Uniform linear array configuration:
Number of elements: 12
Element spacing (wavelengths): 0.25
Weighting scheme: blackman
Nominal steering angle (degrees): -60
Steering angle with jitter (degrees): -59.936
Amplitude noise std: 0.05
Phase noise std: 0.05

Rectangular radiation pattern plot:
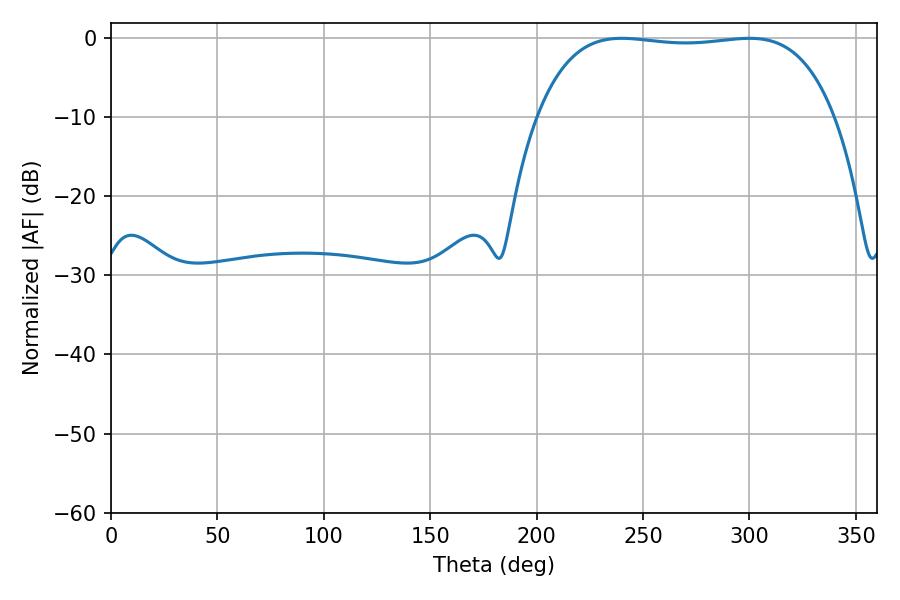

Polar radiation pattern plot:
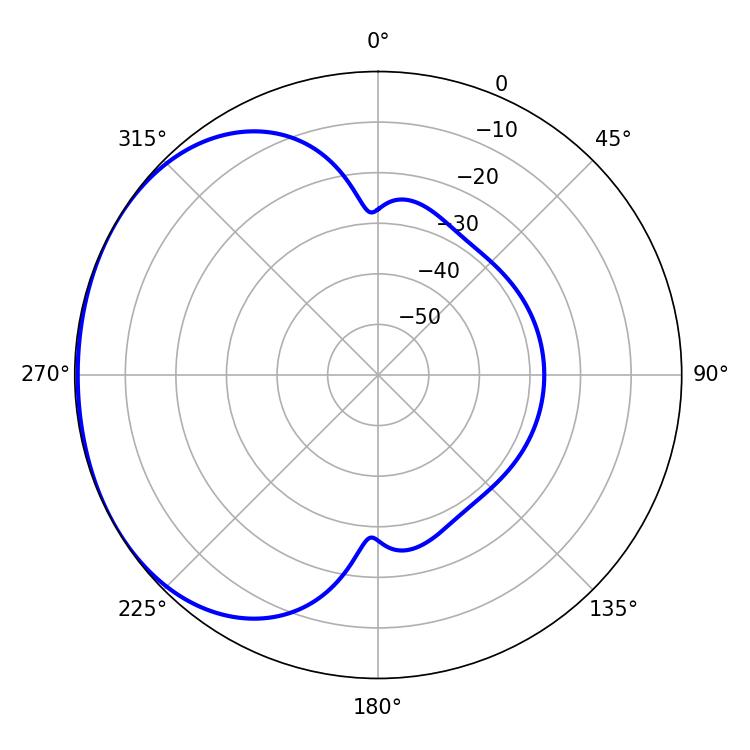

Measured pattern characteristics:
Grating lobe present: FALSE
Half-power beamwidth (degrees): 110.52
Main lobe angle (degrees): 239.94